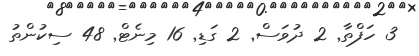
3 ހަފްތާ